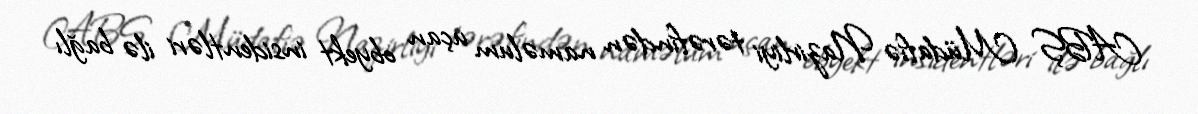
ABŞ Müdafiə Nazirliyi tərəfindən naməlum uçan obyekt insidentləri ilə bağlı